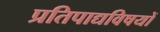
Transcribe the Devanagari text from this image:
प्रतिपाद्यविषयों